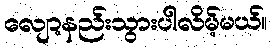
လျော့နည်းသွားပါလိမ့်မယ်။